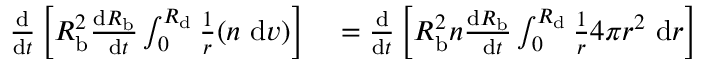
\begin{array} { r } { \begin{array} { r l } { \frac { \mathrm { d } } { \mathrm { d } t } \left[ R _ { \mathrm { b } } ^ { 2 } \frac { \mathrm { d } R _ { \mathrm { b } } } { \mathrm { ~ d } t } \int _ { 0 } ^ { R _ { \mathrm { d } } } \frac { 1 } { r } ( n \mathrm { ~ d } v ) \right] } & { { } = \frac { \mathrm { d } } { \mathrm { d } t } \left[ R _ { \mathrm { b } } ^ { 2 } n \frac { \mathrm { d } R _ { \mathrm { b } } } { \mathrm { ~ d } t } \int _ { 0 } ^ { R _ { \mathrm { d } } } \frac { 1 } { r } 4 \pi r ^ { 2 } \mathrm { ~ d } r \right] } \end{array} } \end{array}